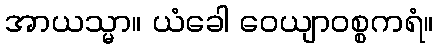
အာယသ္မာ။ ယံခေါ ဝေယျာဝစ္စကရံ။